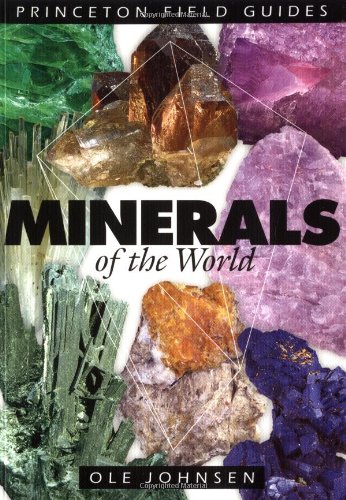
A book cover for Minerals of the World (Princeton Field Guides); Ole Johnsen; Science & Math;